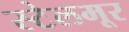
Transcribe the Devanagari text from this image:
स्टेलमूर